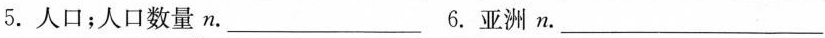
5.人口；人口数量n.___6.亚洲n.___